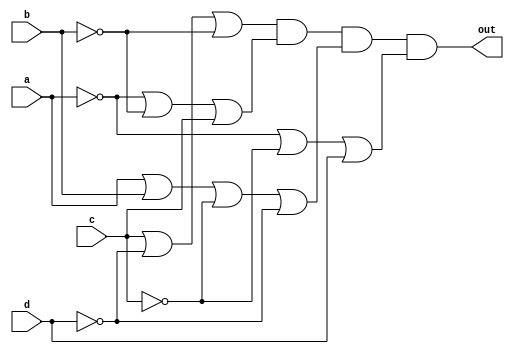
// This program was cloned from: https://github.com/viduraakalanka/HDL-Bits-Solutions
// License: The Unlicense

//Here product of sum is used.

module top_module(
    input a,
    input b,
    input c,
    input d,
    output out  ); 
	
    assign out = (c|!d|!b) & (!a|!b|c) & (a|b|!c|!d) & (!a|!c|d);
endmodule